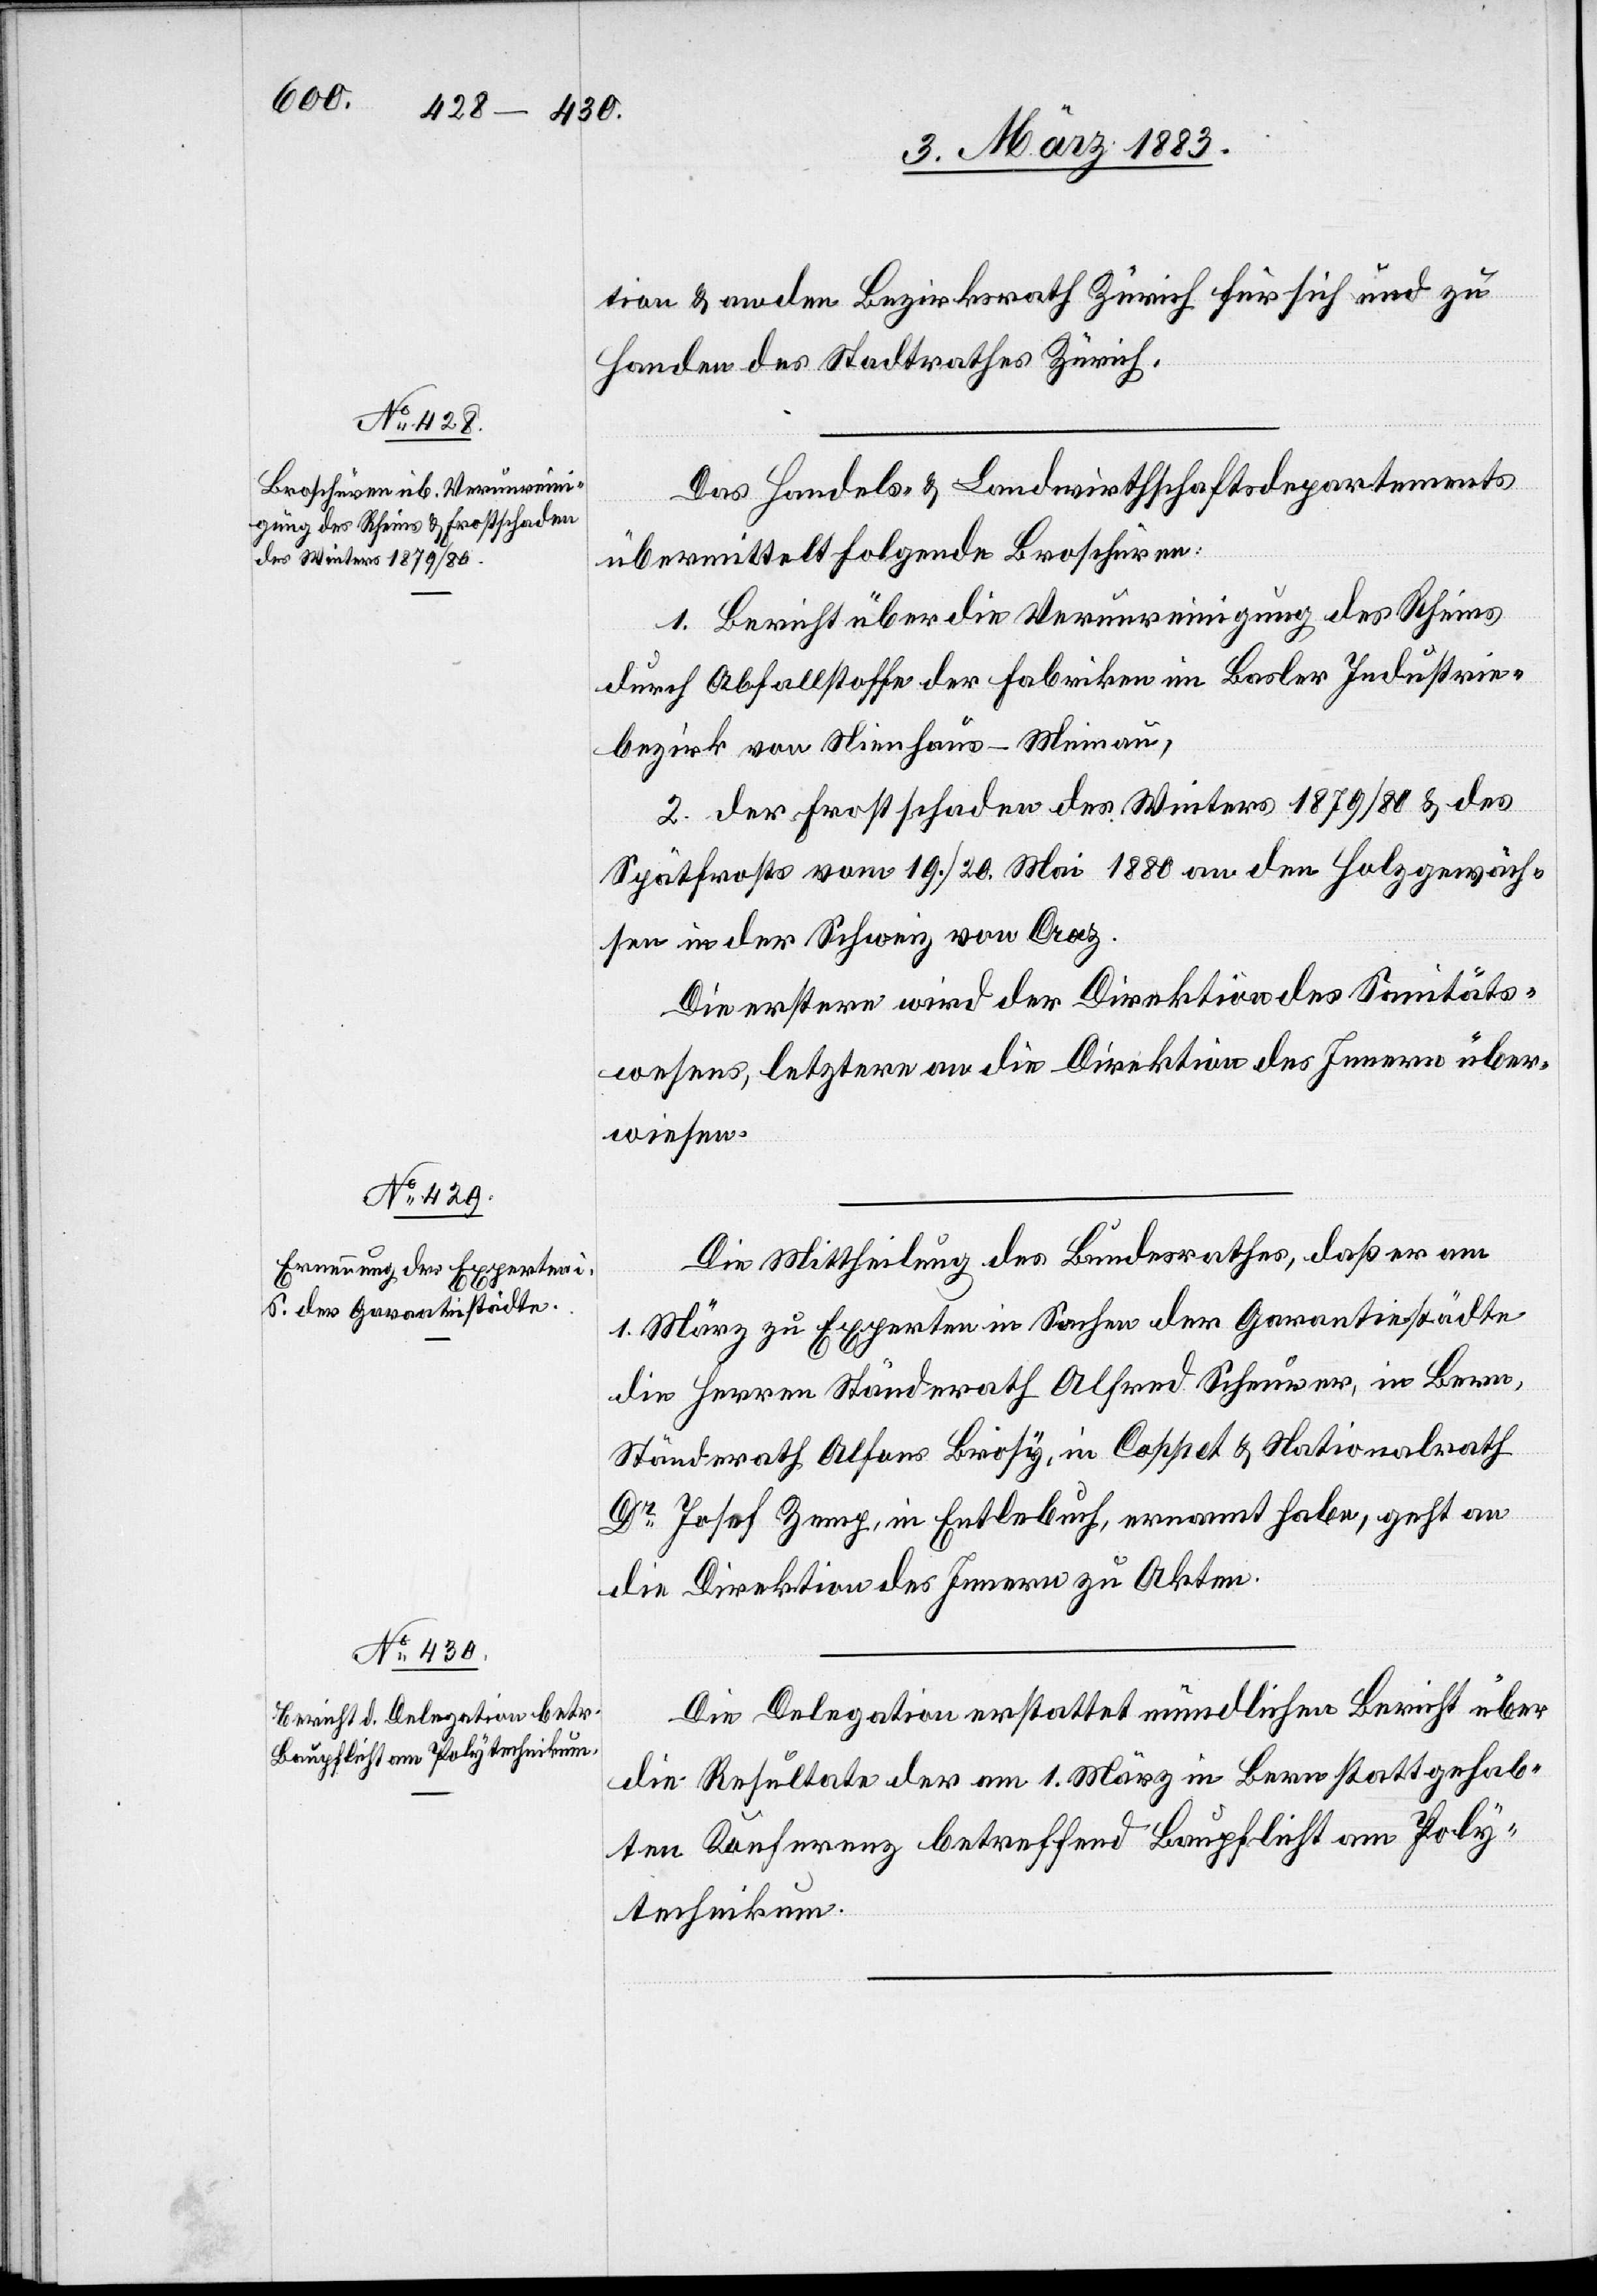
tion & an den Bezirksrath Zürich für sich und zu
Handen des Stadtrathes Zürich.
Das Handels- & Landwirthschaftsdepartement
übermittelt folgende Broschüren:
1. Bericht über die Verunreinigung des Rheins
durch Abfallstoffe der Fabriken im Basler Industrie¬
bezirk von Nienhaus-Meinau,
2. Der Frostschaden des Winters 1879/80 & des
Spätfrosts vom 19./20. Mai 1880 an den Holzgewäch¬
sen in der Schweiz von Craz
Die erstere wird der Direktion des Sanitäts¬
wesens, letztere an die Direktion des Innern über¬
wiesen.
Die Mittheilung des Bundesrathes, daß er am
die Herren Ständerath Alfred Scheurer, in Bern,
Ständerath Alfons Briosy, in Coppet & Nationalrath
Dr Josef Zemp, in Entlebuch, ernannt habe, geht an
die Direktion des Innern zu Akten.
Die Delegation erstattet mündlichen Bericht über
die Resultate der am 1. März in Bern stattgehab¬
ten Konferenz betreffend Baupflicht am Poly¬
technikum.

1.